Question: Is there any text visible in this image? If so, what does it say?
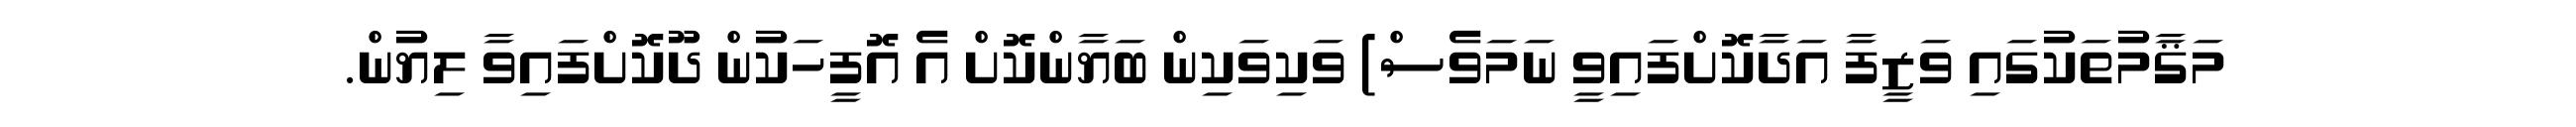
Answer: މަޤާމުތަކުގައި ވަޒީފާ އަދާކޮށްފައިވީ ނަމަވެސް) ވަކިވަކިން ބަޔާންކޮށް އެ އޮފީހަކުން ދޫކޮށްފައިވާ ލިޔުން.